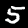
Label: 5